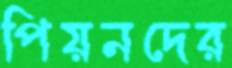
পিয়নদের